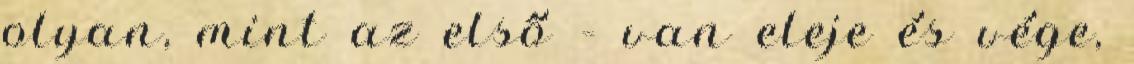
olyan, mint az első – van eleje és vége,